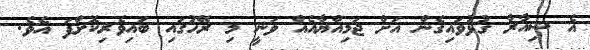
އެ ޝިއާރާ ގުޅުވައިގެން އަށް ޖަމިއްޔާއެއް ވަނީ މި ރޭހުގައި ބައިވެރިކޮށްފަ އެވެ.